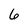
Character: 6